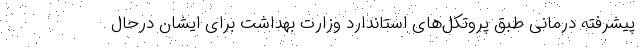
پیشرفته درمانی طبق پروتکل‌های استاندارد وزارت بهداشت برای ایشان درحال